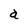
Character: a